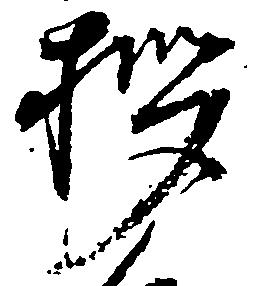
拶